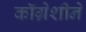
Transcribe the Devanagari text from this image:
कॉग्रेशीने